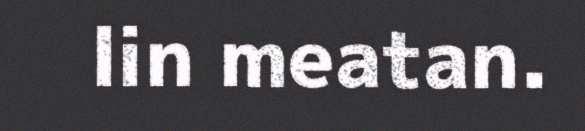
lin meatan.